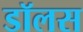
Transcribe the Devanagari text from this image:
डॉलस